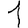
Digit: 1